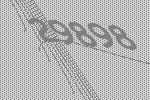
29898